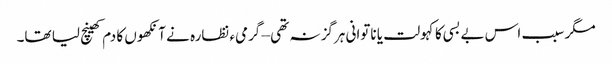
مگر سبب اس بے بسی کا کہولت یا ناتوانی ہرگز نہ تھی – گرمیء نظارہ نے آنکھوں کا دم کھینچ لیا تھا۔